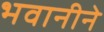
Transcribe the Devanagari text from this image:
भवानीने